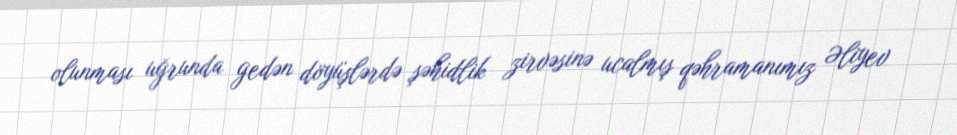
olunması uğrunda gedən döyüşlərdə şəhidlik zirvəsinə ucalmış qəhramanımız Əliyev